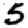
Digit: 5